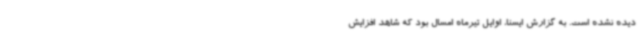
دیده نشده است. به گزارش ایسنا، اوایل تیرماه امسال بود که شاهد افزایش